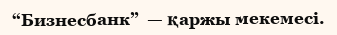
“Бизнесбанк”  — қаржы мекемесі.